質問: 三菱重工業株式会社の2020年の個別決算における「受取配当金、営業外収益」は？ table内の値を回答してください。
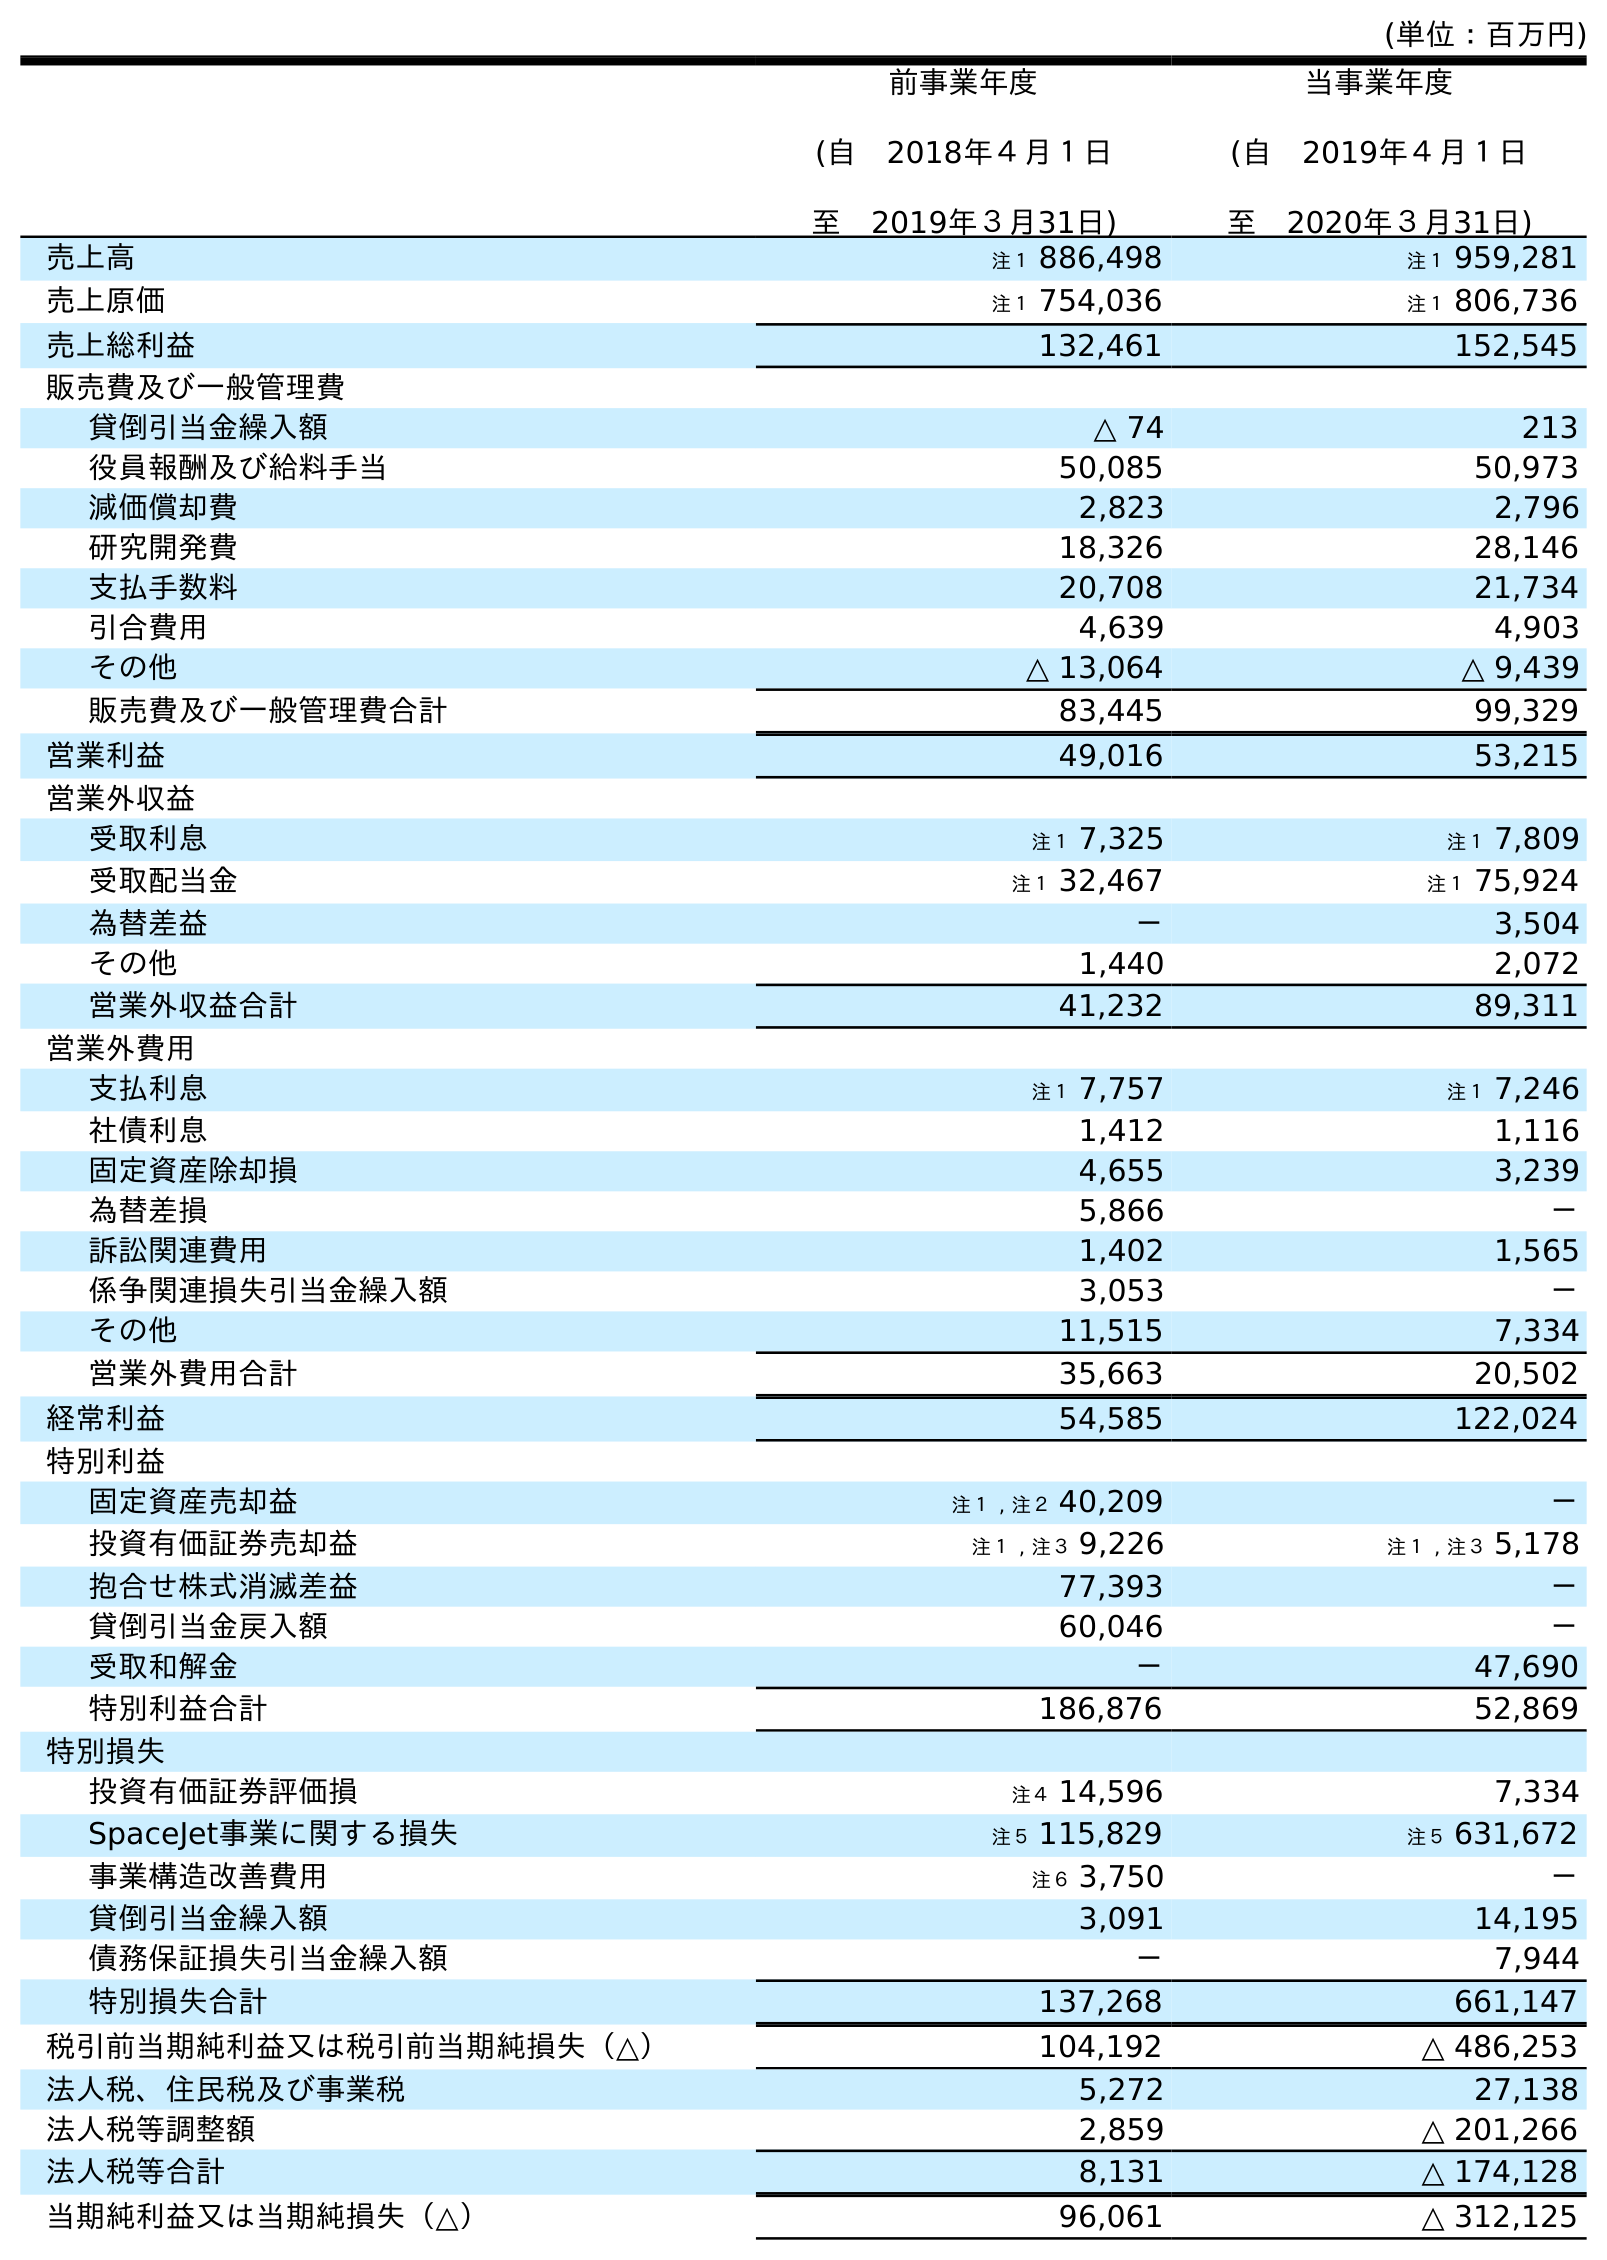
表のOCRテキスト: (単位：百万円) 前事業年度 (自 2018年４月１日 至 2019年３月31日) 当事業年度 (自 2019年４月１日 至 2020年３月31日) 売上高 注１ 886,498 注１ 959,281 売上原価 注１ 754,036 注１ 806,736 売上総利益 132,461 152,545 販売費及び一般管理費 貸倒引当金繰入額 △ 74 213 役員報酬及び給料手当 50,085 50,973 減価償却費 2,823 2,796 研究開発費 18,326 28,146 支払手数料 20,708 21,734 引合費用 4,639 4,903 その他 △ 13,064 △ 9,439 販売費及び一般管理費合計 83,445 99,329 営業利益 49,016 53,215 営業外収益 受取利息 注１ 7,325 注１ 7,809 受取配当金 注１ 32,467 注１ 75,924 為替差益 － 3,504 その他 1,440 2,072 営業外収益合計 41,232 89,311 営業外費用 支払利息 注１ 7,757 注１ 7,246 社債利息 1,412 1,116 固定資産除却損 4,655 3,239 為替差損 5,866 － 訴訟関連費用 1,402 1,565 係争関連損失引当金繰入額 3,053 － その他 11,515 7,334 営業外費用合計 35,663 20,502 経常利益 54,585 122,024 特別利益 固定資産売却益 注１ , 注２ 40,209 － 投資有価証券売却益 注１ , 注３ 9,226 注１ , 注３ 5,178 抱合せ株式消滅差益 77,393 － 貸倒引当金戻入額 60,046 － 受取和解金 － 47,690 特別利益合計 186,876 52,869 特別損失 投資有価証券評価損 注４ 14,596 7,334 SpaceJet事業に関する損失 注５ 115,829 注５ 631,672 事業構造改善費用 注６ 3,750 － 貸倒引当金繰入額 3,091 14,195 債務保証損失引当金繰入額 － 7,944 特別損失合計 137,268 661,147 税引前当期純利益又は税引前当期純損失（△） 104,192 △ 486,253 法人税、住民税及び事業税 5,272 27,138 法人税等調整額 2,859 △ 201,266 法人税等合計 8,131 △ 174,128 当期純利益又は当期純損失（△） 96,061 △ 312,125
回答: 注１75,924